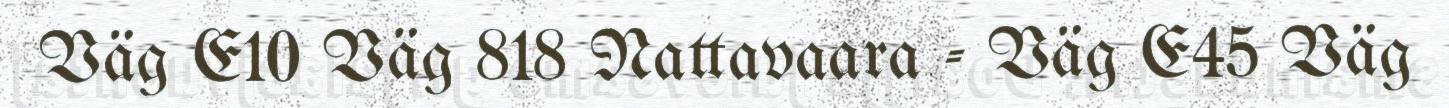
Väg E10 Väg 818 Nattavaara - Väg E45 Väg